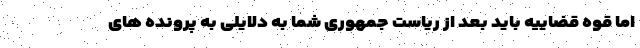
اما قوه قضاییه باید بعد از ریاست جمهوری شما به دلایلی به پرونده های